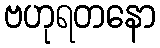
ဗဟုရတနော